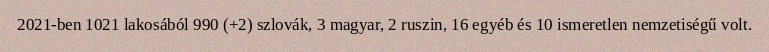
2021-ben 1021 lakosából 990 (+2) szlovák, 3 magyar, 2 ruszin, 16 egyéb és 10 ismeretlen nemzetiségű volt.